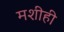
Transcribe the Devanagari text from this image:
मशीही